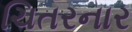
ચિતરનાર